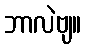
ဘာလဲဗျ။